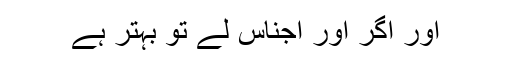
اور اگر اور اجناس لے تو بہتر ہے